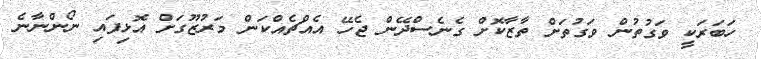
ހަބަރަކީ ވަގުތުން ވަގުތަށް ތާޒާކޮށް ގެނެސްދޭން ޖެހޭ އެއްޗެއްކަން މަރުޒޫގަށް އޮޅިފައި ނޯންނާނެ